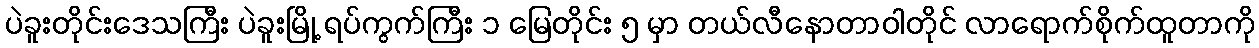
ပဲခူးတိုင်းဒေသကြီး ပဲခူးမြို့ ရပ်ကွက်ကြီး ၁ မြေတိုင်း ၅ မှာ တယ်လီနောတာဝါတိုင် လာရောက်စိုက်ထူတာကို